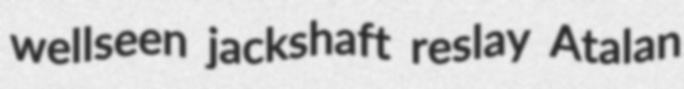
wellseen jackshaft reslay Atalan